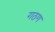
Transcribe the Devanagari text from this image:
गठण